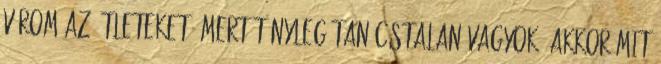
várom az ötleteket, mert tényleg tanácstalan vagyok: akkor mit